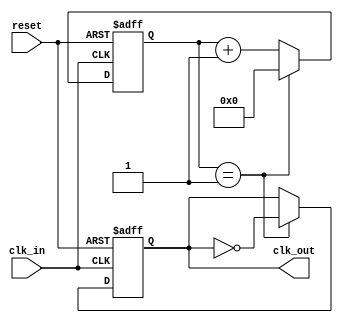
module clock_divider #(
    parameter N = 2  // Division factor, default is 2
)(
    input wire clk_in,      // Input clock signal
    input wire reset,       // Asynchronous reset
    output reg clk_out      // Output clock signal
);

    reg [31:0] counter;     // Counter to track clock cycles

    // Asynchronous reset and clock divider logic
    always @(posedge clk_in or posedge reset) begin
        if (reset) begin
            counter <= 0;    // Reset counter
            clk_out <= 0;    // Reset output clock
        end else begin
            if (counter == (N - 1)) begin
                clk_out <= ~clk_out;  // Toggle output clock
                counter <= 0;          // Reset counter
            end else begin
                counter <= counter + 1; // Increment counter
            end
        end
    end

endmodule